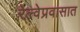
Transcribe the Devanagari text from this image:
रेल्वेप्रवासात